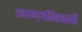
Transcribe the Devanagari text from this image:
अरण्यनिवासी